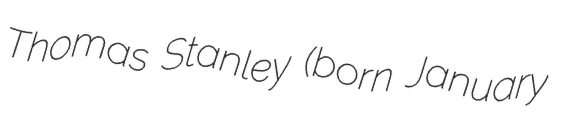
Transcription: Thomas Stanley (born January